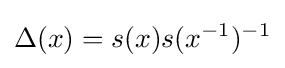
\Delta (x)=s(x)s(x^{-1})^{-1}